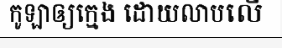
កូឡាឲ្យក្មេង ដោយលាបលើ